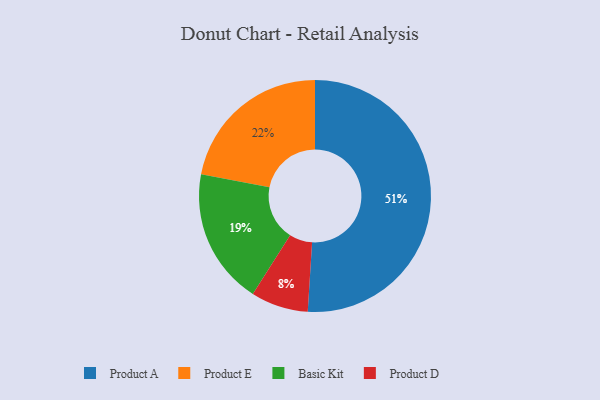
{"axis": {"x": "Category", "y": "Percentage"}, "legend": ["Basic Kit", "Product A", "Product D", "Product E"], "data": [{"x": "Basic Kit", "y": 19, "type": "Basic Kit"}, {"x": "Product D", "y": 8, "type": "Product D"}, {"x": "Product E", "y": 22, "type": "Product E"}, {"x": "Product A", "y": 51, "type": "Product A"}]}